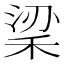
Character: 𥞹